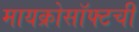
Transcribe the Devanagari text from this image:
मायक्रोसॉफ्टची